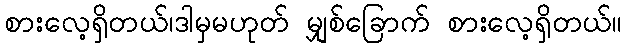
စားလေ့ရှိတယ်၊ဒါမှမဟုတ် မျှစ်ခြောက် စားလေ့ရှိတယ်။